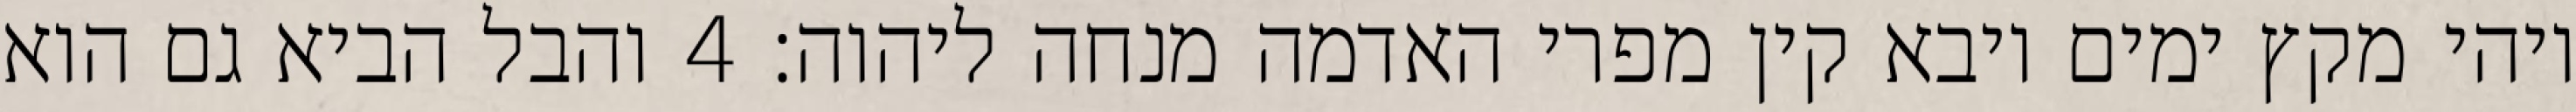
ויהי מקץ ימים ויבא קין מפרי האדמה מנחה ליהוה׃ ‎4‏ והבל הביא גם הוא